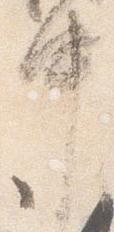
中